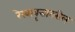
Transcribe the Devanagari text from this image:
रेखावृत्तावरील